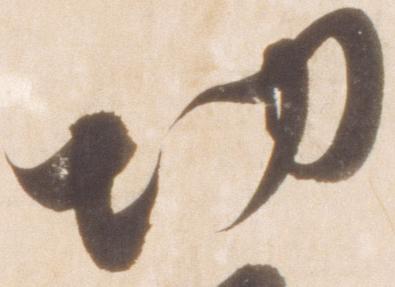
切